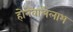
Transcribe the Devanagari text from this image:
होनेवालेलाभ